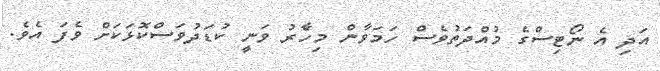
އަދި އެ ނޯޓިސްގެ މުއްދަތުވެސް ހަމަވާން މިހާެރު ވަނީ ކުޑަދުވަސްކޮޅަކަށް ވެފަ އެވެ.